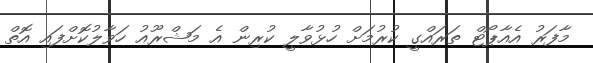
މާފަރު އެއާޕޯޓް ތަރައްގީ ކުރުމަށް ހުޅުވާލީ ކުރިން އެ މަޝްރޫއު ހަވާލުކޮށްފައި އޮތް